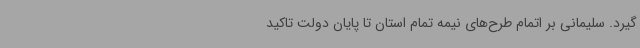
گیرد. سلیمانی بر اتمام طرح‌های نیمه تمام استان تا پایان دولت تاکید